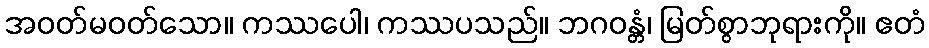
အဝတ်မဝတ်သော။ ကဿပေါ၊ ကဿပသည်။ ဘဂဝန္တံ၊ မြတ်စွာဘုရားကို။ ဧတံ